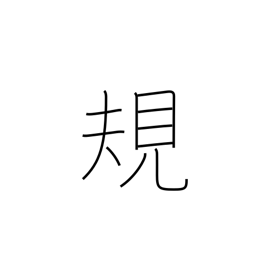
Meaning: standard